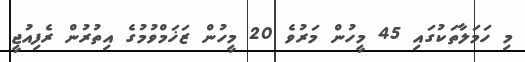
މި ހަމަލާތަކުގައި 45 މީހުން މަރުވެ 20 މީހުން ޒަޚަމްވުމުގެ އިތުރުން ރެފިއުޖީ